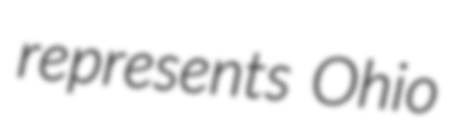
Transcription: represents Ohio